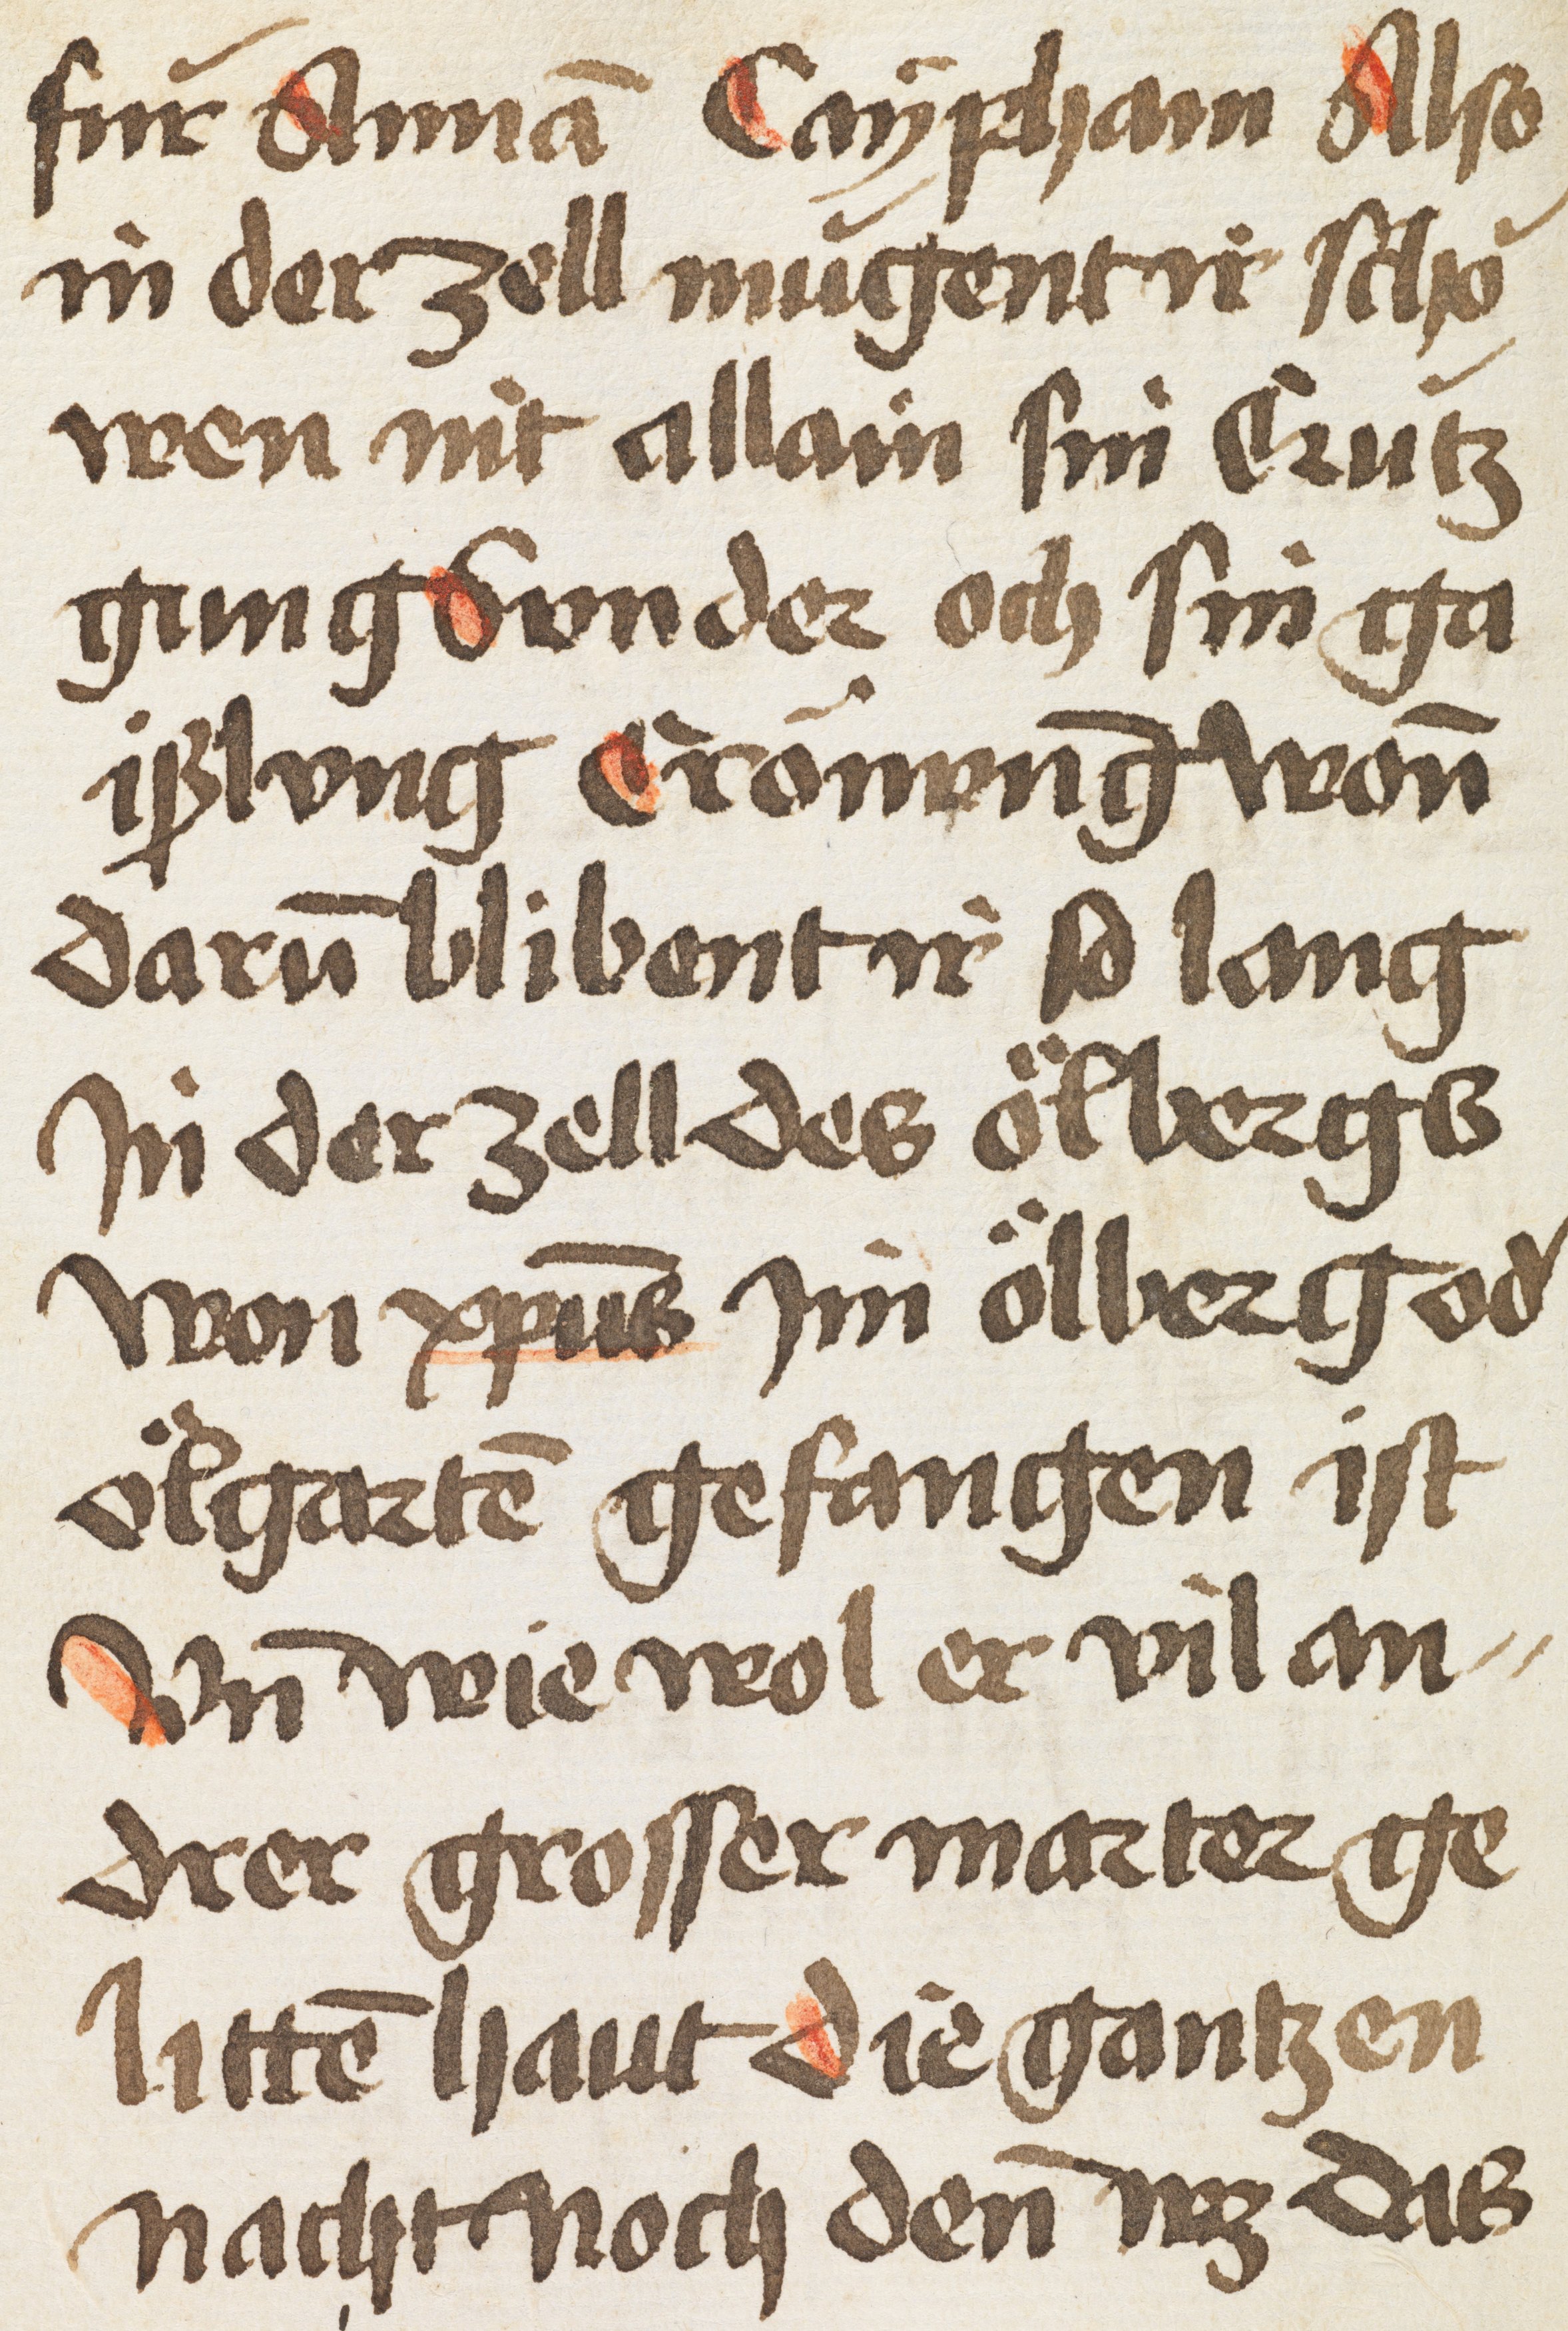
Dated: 1500–1530